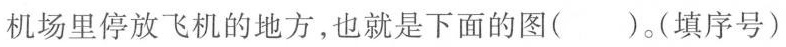
机场里停放飞机的地方，也就是下面的图( )。(填序号)